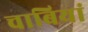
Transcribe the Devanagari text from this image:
चाबियां